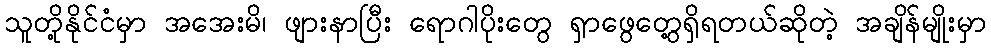
သူတို့နိုင်ငံမှာ အအေးမိ၊ ဖျားနာပြီး ရောဂါပိုးတွေ ရှာဖွေတွေ့ရှိရတယ်ဆိုတဲ့ အချိန်မျိုးမှာ